Report on sanitation, dispensaries, and jails in Rajputana for 1909, and on vaccination for the year 1909-1910 - 1909-1910
Year: 1909
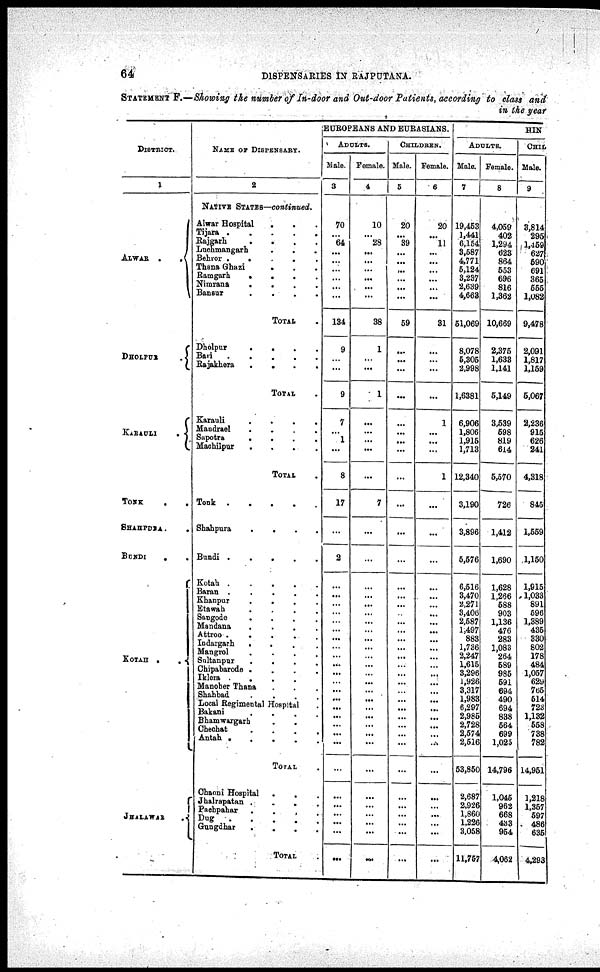
64
DISPENSARIES IN RAJPUTANA.
STATEMENT F.—Showing the number of In-door and Out-door Patients, according to class and
in the year
DISTRICT.
1
ALWAR
.
.
DHOLPUR
.
KARAULI
.
TONK . .
SHAHPURA. .
BUNDI
. .
KOTAH .
.
JHALAWAR
NAME OF DISPENSARY.
2
NATIVE STATES—continued.
Alwar Hospital . . .
Tijara
.
.
.
.
.
Rajgarh
.
.
.
.
Luchmangarh
.
. .
Behror .
.
.
.
.
Thana Ghazi . . .
Bamgarh
.
.
.
.
Nimrana
.
.
.
.
Bansur
.
.
.
.
TOTAL .
Dholpur
.
.
.
.
Bari
.
.
.
.
.
Bajakhera
.
.
.
.
TOTAL .
Karauli
.
.
.
.
Mandrael
.
.
.
.
Sapotra
.
.
.
.
Machilpur
.
.
.
.
TOTAL .
Tonk
.
.
.
.
.
Shahpura
.
.
.
.
Bundi
.
.
.
.
.
Kotah
.
.
.
.
.
Baran
.
.
.
.
.
Khanpur
.
.
.
.
Etawah
.
.
.
.
Sangode
.
.
.
.
Mandana
.
.
.
.
Attroo .
.
.
.
.
Indargarh
.
.
.
.
Mangrol
.
.
.
.
Sultanpur
.
.
.
.
Chipabarode .
.
.
.
Iklera . . . .
Mancher Thana . . .
Shahbad
.
.
.
.
Local Regimental Hospital .
Bakani
.
.
.
.
Bhamwargarh . .
Chechat
.
.
.
.
Antah
.
.
.
.
.
TOTAL .
Chaoni Hospital . . .
Jhalrapatan .
.
. .
Pachpahar .
.
. .
Dug
.
.
.
. .
Gungdbar
.
.
.
.
TOTAL .
EUROPEANS AND EURASIANS.
ADULTS.
Male.
3
70
...
64
...
...
...
...
...
...
134
9
...
...
9
7
...
1
...
8
17
...
2
...
...
...
...
...
...
...
...
...
...
...
...
...
...
...
...
...
...
...
...
...
...
...
...
...
...
Female.
4
10
...
28
...
...
...
...
...
...
38
1
...
...
1
...
...
...
...
...
7
...
...
...
...
...
...
...
...
...
...
...
...
...
...
...
...
...
...
...
...
...
...
...
...
...
...
...
...
CHILDREN.
Male.
5
20
...
39
...
...
...
...
...
...
59
...
...
...
...
...
...
...
...
...
...
...
...
...
...
...
...
...
...
...
...
...
...
...
...
...
...
...
...
...
...
...
...
...
...
...
...
...
...
Female.
6
20
...
11
...
...
...
...
...
...
31
...
...
...
...
1
...
...
...
1
...
...
...
...
...
...
...
...
...
...
...
...
...
...
...
...
...
...
...
...
...
...
...
...
...
...
...
...
...
HIN
ADULTS.
Male.
7
19,453
1,441
6,154
3,587
4,771
5,124
3,287
2,689
4,663
51,069
8,078
6,305
2,998
1,6381
6,906
1,806
1,915
1,713
12,340
3,190
3,896
5,576
6,516
3,470
2,271
3,406
2,587
1,497
883
1,736
2,247
1,615
3,296
1,926
3,317
1,983
6,297
2,985
2,728
2,574
2,516
53,850
2,687
2,926
1,860
1,226
3,058
11,757
Female.
8
4,059
402
1,294
623
864
553
696
816
1,362
10,669
2,375
1,633
1,141
6,149
3,539
598
819
614
5,570
726
1,412
1,690
1,628
1,266
588
903
1,136
476
283
1,083
264
589
985
591
694
490
694
838
564
699
1,025
14,796
1,045
962
668
433
954
4,062
CHIL
Male.
9
3,814
295
1,459
627
590
691
365
555
1,082
9,478
2,091
1,817
1,159
5,067
2,236
915
626
241
4,318
845
1,559
1,150
1,915
1,033
891
596
1,389
435
330
802
178
484
1,057
629
765
514
723
1,132
558
738
782
14,951
1,218
1,357
597
486
635
4,293